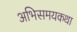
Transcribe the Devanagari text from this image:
अभिसमयकथा